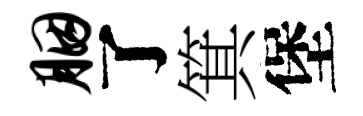
胭了箕堡